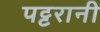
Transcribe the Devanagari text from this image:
पट्टरानी